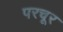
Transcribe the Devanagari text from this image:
परचूर